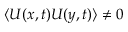
\langle U ( x , t ) U ( y , t ) \rangle \ne 0